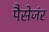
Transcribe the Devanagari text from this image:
पैसेजंर